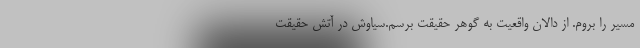
مسیر را بروم. از دالان واقعیت به گوهر حقیقت برسم.سیاوش در آتش حقیقت